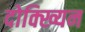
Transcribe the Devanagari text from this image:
दोक्ख्यिन